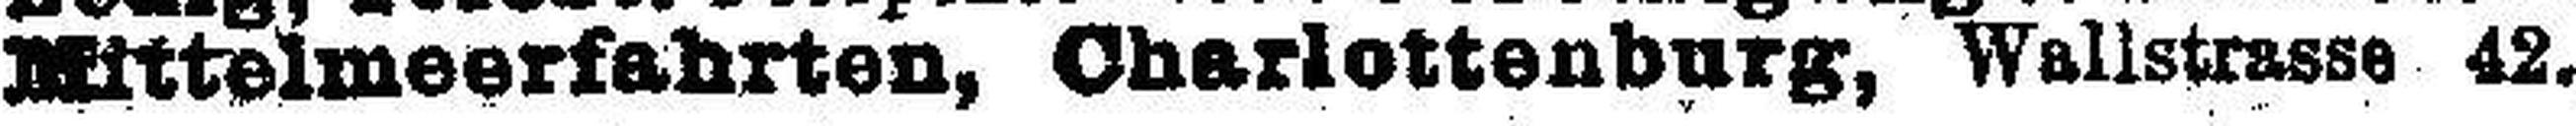
Mittelmeerfahrten, Charlottenburg, Wallstrasse 42.